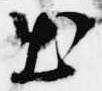
出